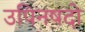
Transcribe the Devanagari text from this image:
उपिनषदो